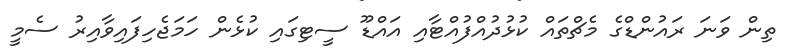
ތިން ވަނަ ރައުންޑްގެ މެޗްތައް ކުޅުދުއްފުއްޓާއި އައްޑޫ ސީޓިގައި ކުޅެން ހަމަޖެހިފައިވާއިރު ސެމީ